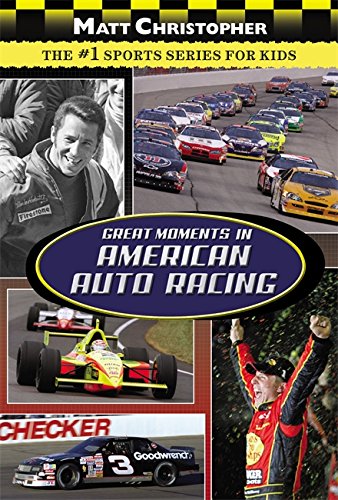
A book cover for Great Moments in American Auto Racing (Matt Christopher Sports); Matt Christopher; Children's Books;